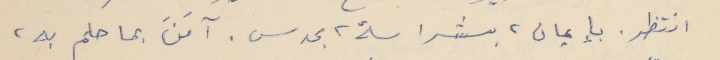
انتظر. بإيمان، بشراسة، بحدس. آمَنَ بما حلم به،